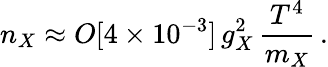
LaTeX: n_{X}\approx O[4\times 10^{-3}]\, g_{X}^{2}\, \frac{T^{4}}{m_{X}}\, .